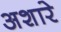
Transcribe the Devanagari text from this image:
अशारे